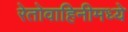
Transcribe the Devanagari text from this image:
रेतोवाहिनीमध्ये